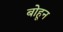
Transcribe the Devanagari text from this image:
बोहून